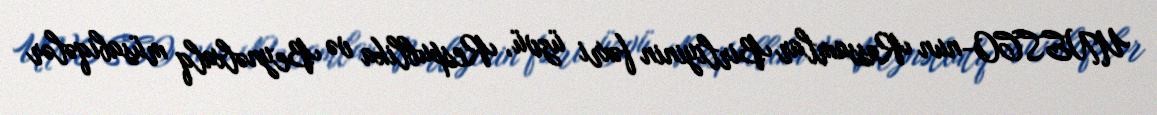
UNESCO-nun Rəssamlar Birliyinin fəxri üzvü, Respublika və Beynəlxalq müsabiqələr